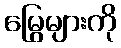
မြွေများကို